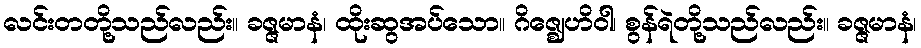
လင်းတတို့သည်လည်း။ ခဇ္ဇမာနံ၊ ထိုးဆွအပ်သော။ ဂိဇ္ဈေဟိဝါ၊ စွန်ရဲတို့သည်လည်း။ ခဇ္ဇမာနံ၊